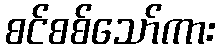
စင်စစ်သော်ကား